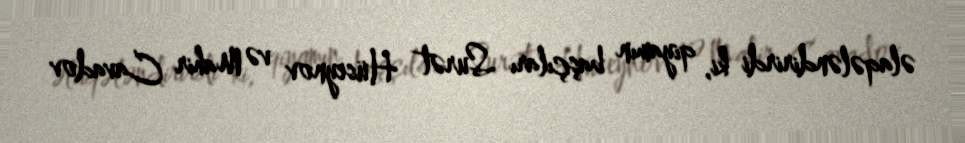
əlaqələndirirdi ki, qiyamın başçıları Surət Hüseynov və Mahir Cavadov